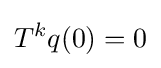
T^{k}q(0)=0